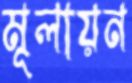
মূলায়ন